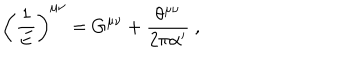
\left( \frac { 1 } { E } \right) ^ { \mu \nu } = G ^ { \mu \nu } + \frac { \theta ^ { \mu \nu } } { 2 \pi \alpha ^ { \prime } } ~ ,